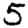
Digit: 5